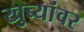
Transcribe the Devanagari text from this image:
खुब्यांवर